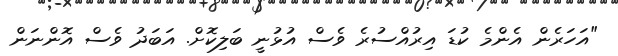
"އަހަރެން އެންމެ ކުޑަ އިރުއްސުރެ ވެސް އުޅުނީ ބަލިކޮށް. އަބަދު ވެސް އޮންނަން